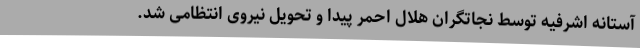
آستانه اشرفیه توسط نجاتگران هلال احمر پیدا و تحویل نیروی انتظامی شد.